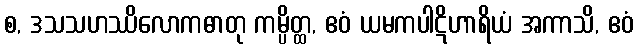
စ, ဒသသဟဿိလောကဓာတု ကမ္ပိတ္ထ, ဧဝံ ယမကပါဋိဟာရိယံ အကာသိ, ဧဝံ